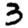
Digit: 3